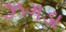
ઝગડા